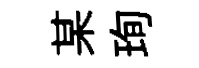
某珣